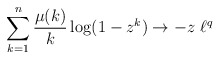
\begin{align*} \sum_{k=1}^n \frac{\mu(k)}{k} \log(1-z^k) \to -z \ \ell^q \end{align*}